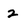
Character: 2